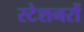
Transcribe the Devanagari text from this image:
स्टेशनरों